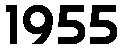
1955